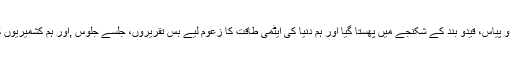
کشمیر کیا بیان کریں ہوا الٹا یہ کہ تو دیکھتے ہی دیکھتے بھوک و پیاس، قیدو بند کے شکنجے میں پھستا گیا اور ہم دنیا کی ایٹمی طاقت کا زعوم لیے بس تقریروں، جلسے جلوس ,اور ہم کشمیریوں کے ساتھ کھڑے ہیں کے نعروں کی صدا بلند کرتے ہی رہ گئے۔